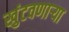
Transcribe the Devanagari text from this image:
खुंटवणाऱ्या